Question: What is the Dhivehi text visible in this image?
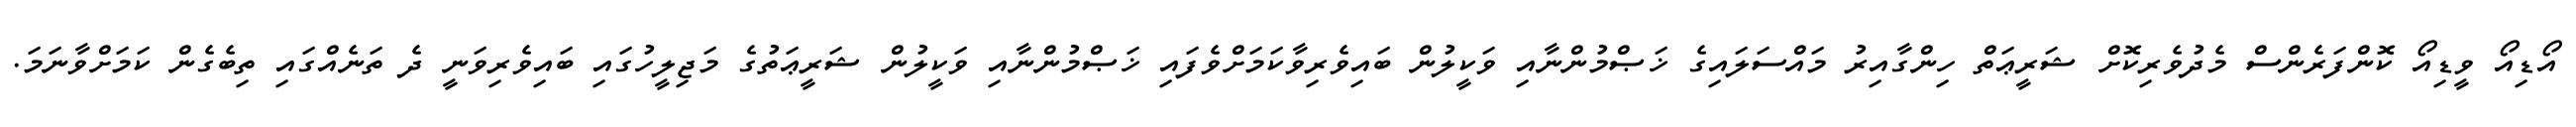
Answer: އޯޑިއޯ ވީޑިއޯ ކޮންފަރެންސް މެދުވެރިކޮށް ޝަރީޢަތް ހިންގާއިރު މައްސަލައިގެ ޚަޞްމުންނާއި ވަކީލުން ބައިވެރިވާކަމަށްވެފައި ޚަޞްމުންނާއި ވަކީލުން ޝަރީޢަތުގެ މަޖިލީހުގައި ބައިވެރިވަނީ ދެ ތަނެއްގައި ތިބެގެން ކަމަށްވާނަމަ.